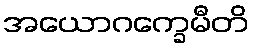
အယောဂက္ခေမီတိ